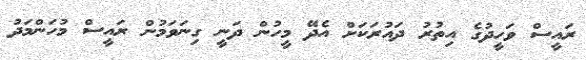
ރައީސް ވަހީދުގެ އިތުރު ދައުރަކަށް އެދޭ މީހުން ދަނީ ގިނަވަމުން ރައީސް މުހަންމަދު